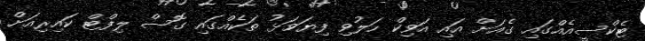
ޓެކްސީއެއްގައި ގެއަށް އައި އަވިކް ހަލުވި ފިޔަވަޅު ތަކެއްގައި ގޮސް ލިފްޓް ކައިރިއަށް